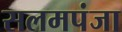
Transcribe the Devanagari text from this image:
सलमपंजा